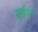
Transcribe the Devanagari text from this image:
सुईयाँ